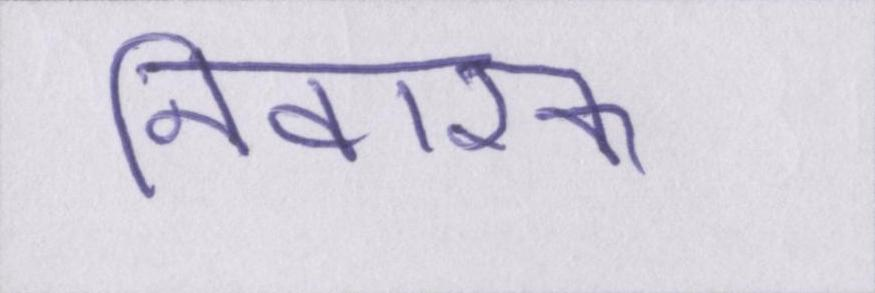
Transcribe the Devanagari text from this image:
निवारक